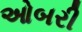
ઓબરી